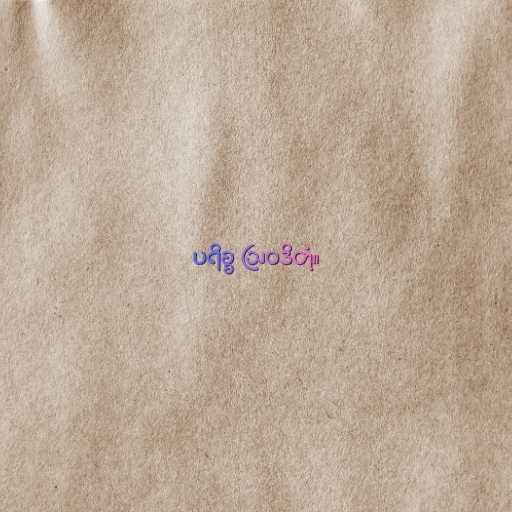
ပရိစ္စ ဩဝဒိတုံ။